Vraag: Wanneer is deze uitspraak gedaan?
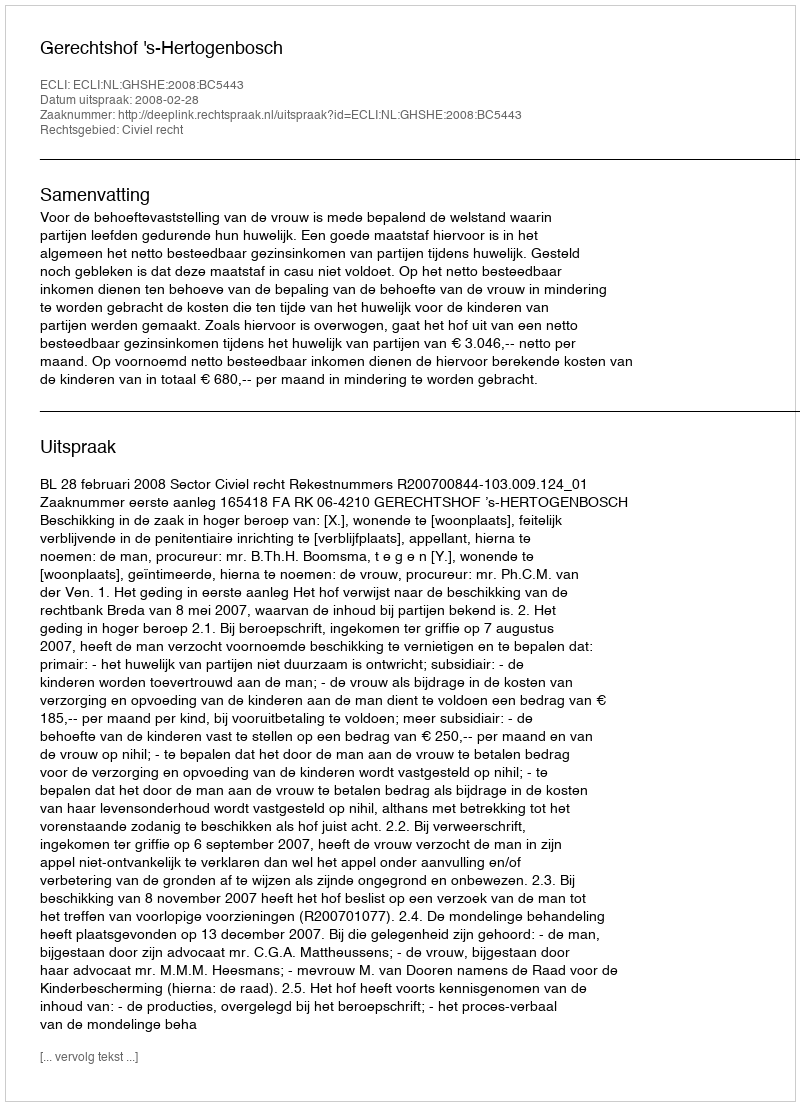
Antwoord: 2008-02-28